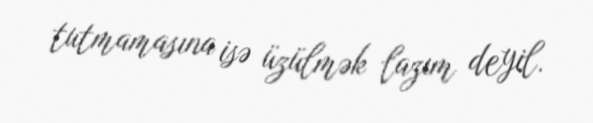
tutmamasına isə üzülmək lazım deyil.